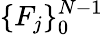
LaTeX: \{ F_{j}\} _{0}^{N-1}